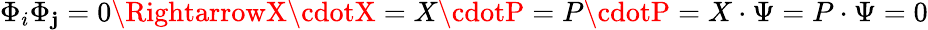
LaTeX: \Phi_{i}\Phi_{\mathbf{j}}=0\RightarrowX\cdotX=X\cdotP=P\cdotP=X\cdot\Psi=P\cdot\Psi=0